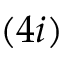
( 4 i )